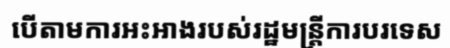
បើតាមការអះអាងរបស់រដ្ឋមន្ត្រីការបរទេស